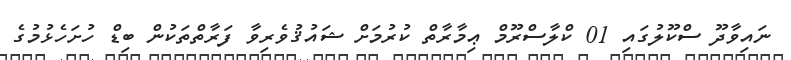
ނައިވާދޫ ސްކޫލުގައި 01 ކްލާސްރޫމް ޢިމާރާތް ކުރުމަށް ޝައުޤުވެރިވާ ފަރާތްތަކުން ބިޑް ހުށަހެޅުމުގެ